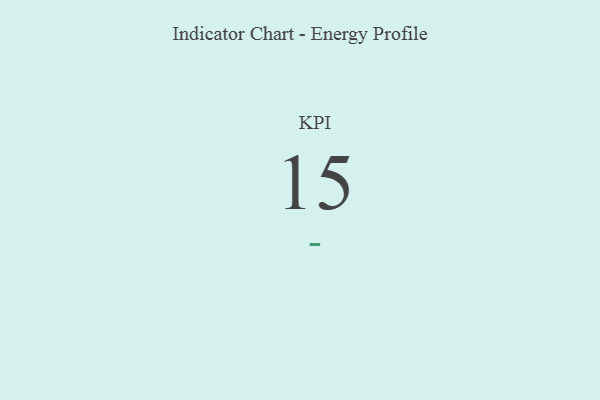
{"axis": {"x": "KPI", "y": "Value"}, "legend": [""], "data": [{"x": "KPI", "y": 15, "type": ""}]}